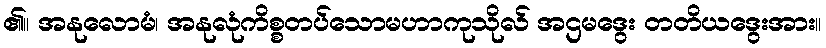
၏။ အနုလောမံ၊ အနုလုံကိစ္စတပ်သောမဟာကုသိုလ် အဌမဒွေး တတိယဒွေးအား။